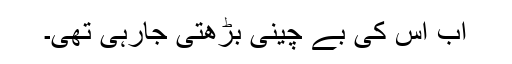
اب اس کی بے چینی بڑھتی جارہی تھی۔